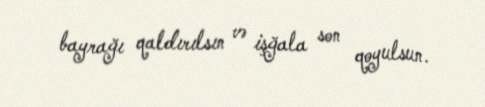
bayrağı qaldırılsın və işğala son qoyulsun.